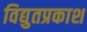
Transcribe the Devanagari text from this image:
विद्युतप्रकाश